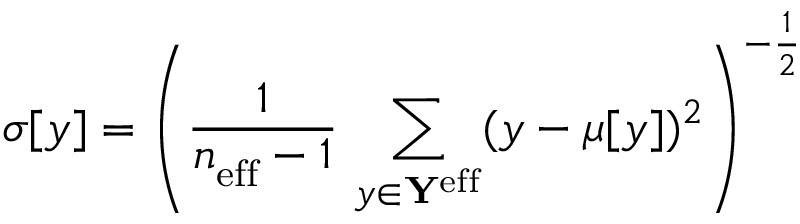
\sigma [ y ] = \left( \frac { 1 } { n _ { \mathrm { e f f } } ^ { \mathrm { } } - 1 } \, \sum _ { y \in \mathbf { Y } ^ { \mathrm { e f f } } } ( y - \mu [ y ] ) ^ { 2 } \right) ^ { - \frac { 1 } { 2 } }